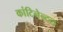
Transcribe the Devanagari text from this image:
कांटिनेन्टल